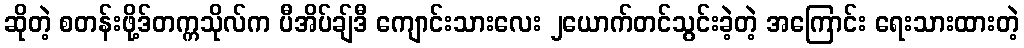
ဆိုတဲ့ စတန်းဖို့ဒ်တက္ကသိုလ်က ပီအိပ်ချ်ဒီ ကျောင်းသားလေး ၂ယောက်တင်သွင်းခဲ့တဲ့ အကြောင်း ရေးသားထားတဲ့